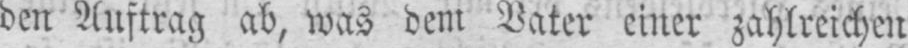
den Auftrag ab, was dem Vater einer zahlreichen